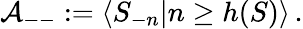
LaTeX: {\cal A}_{--}:=\langle S_{-n}|n\geq h(S)\rangle\, .